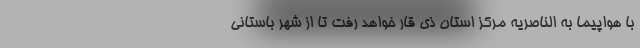
با هواپیما به الناصریه مرکز استان ذی قار خواهد رفت تا از شهر باستانی